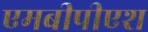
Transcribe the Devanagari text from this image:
एमबीपीएश